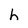
Character: h